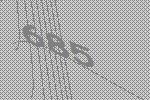
685